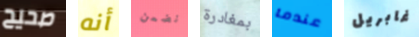
صحيح أنه نضمن بمغادرة عندما غابريل